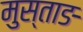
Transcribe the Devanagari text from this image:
मुस्ताङ